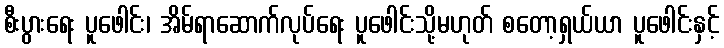
စီးပွားရေး ပူဖေါင်း၊ အိမ်ရာဆောက်လုပ်ရေး ပူဖေါင်းသို့မဟုတ် စတော့ရှယ်ယာ ပူဖေါင်းနှင့်